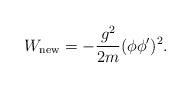
LaTeX: \begin{align*}W_{\rm new}=-\frac{g^2}{2m}(\phi\phi')^2.\end{align*}